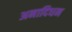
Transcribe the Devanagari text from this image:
अनादिधन